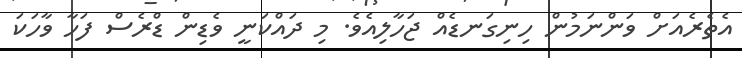
އެތެރެއަށް ވަންނަމުން ހިނިގަނޑެއް ޖަހާލިއެވެ. މި ދައްކަނީ ވެޑިން ޑްރެސް ފަހާ ވާހަކަ